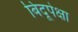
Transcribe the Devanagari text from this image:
बिंदूपेक्षा